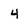
Character: 4